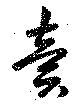
売